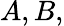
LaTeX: A,B,